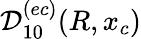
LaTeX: \mathcal{D}_{10}^{(ec)}(R,x_{c})